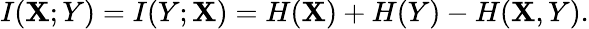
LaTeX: I(\mathbf{X};Y)=I(Y;\mathbf{X})=H(\mathbf{X})+H(Y)-H(\mathbf{X},Y).